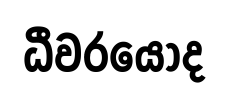
ධීවරයෝද